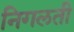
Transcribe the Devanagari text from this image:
निगलती